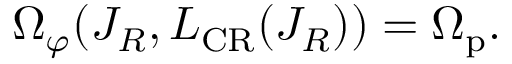
\Omega _ { \varphi } ( J _ { R } , L _ { \mathrm { C R } } ( J _ { R } ) ) = \Omega _ { \mathrm { p } } .